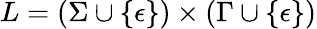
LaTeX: L=(\Sigma\cup\{ \epsilon\} )\times(\Gamma\cup\{ \epsilon\} )